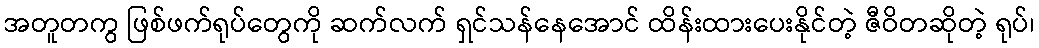
အတူတကွ ဖြစ်ဖက်ရုပ်တွေကို ဆက်လက် ရှင်သန်နေအောင် ထိန်းထားပေးနိုင်တဲ့ ဇီဝိတဆိုတဲ့ ရုပ်၊